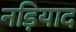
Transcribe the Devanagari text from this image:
नड़ियाद